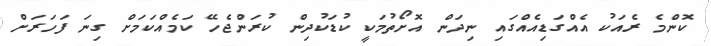
ކޮންމެ ރެއަކު އެއްގަޑިއެއްގައި ނިދަން އޮށޯތުމަކީ ކުޑަކުދިން ކުރަންޖެހޭ ކަމެއްްކަމަށް ގިނަ ފަހަރަށް